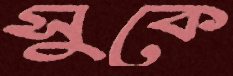
সুকে